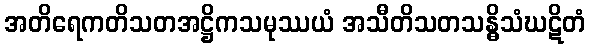
အတိရေကတိသတအဋ္ဌိကသမုဿယံ အသီတိသတသန္ဓိသံဃဋိတံ